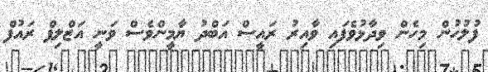
ފުލުހުން މިހެން ވިދާޅުވެފައި ވާއިރު ރައީސް އަބްދު ޔާމީންވެސް ވަނީ އަޒްލިފް ރައުފް